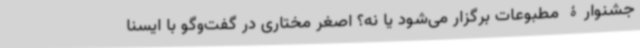
جشنوارۀ مطبوعات برگزار می‌شود یا نه؟ اصغر مختاری در گفت‌وگو با ایسنا